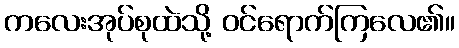
ကလေးအုပ်စုထဲသို့ ဝင်ရောက်ကြလေ၏။